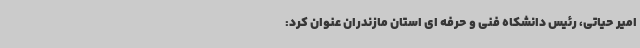
امیر حیاتی، رئیس دانشکاه فنی و حرفه ای استان مازندران عنوان کرد: